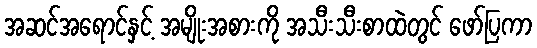
အဆင်အရောင်နှင့် အမျိုးအစားကို အသီးသီးစာထဲတွင် ဖော်ပြကာ